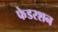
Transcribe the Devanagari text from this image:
फेडरशन